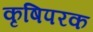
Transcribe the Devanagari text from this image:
कृषिपरक